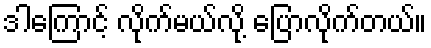
ဒါကြောင့် လိုက်မယ်လို့ ပြောလိုက်တယ်။